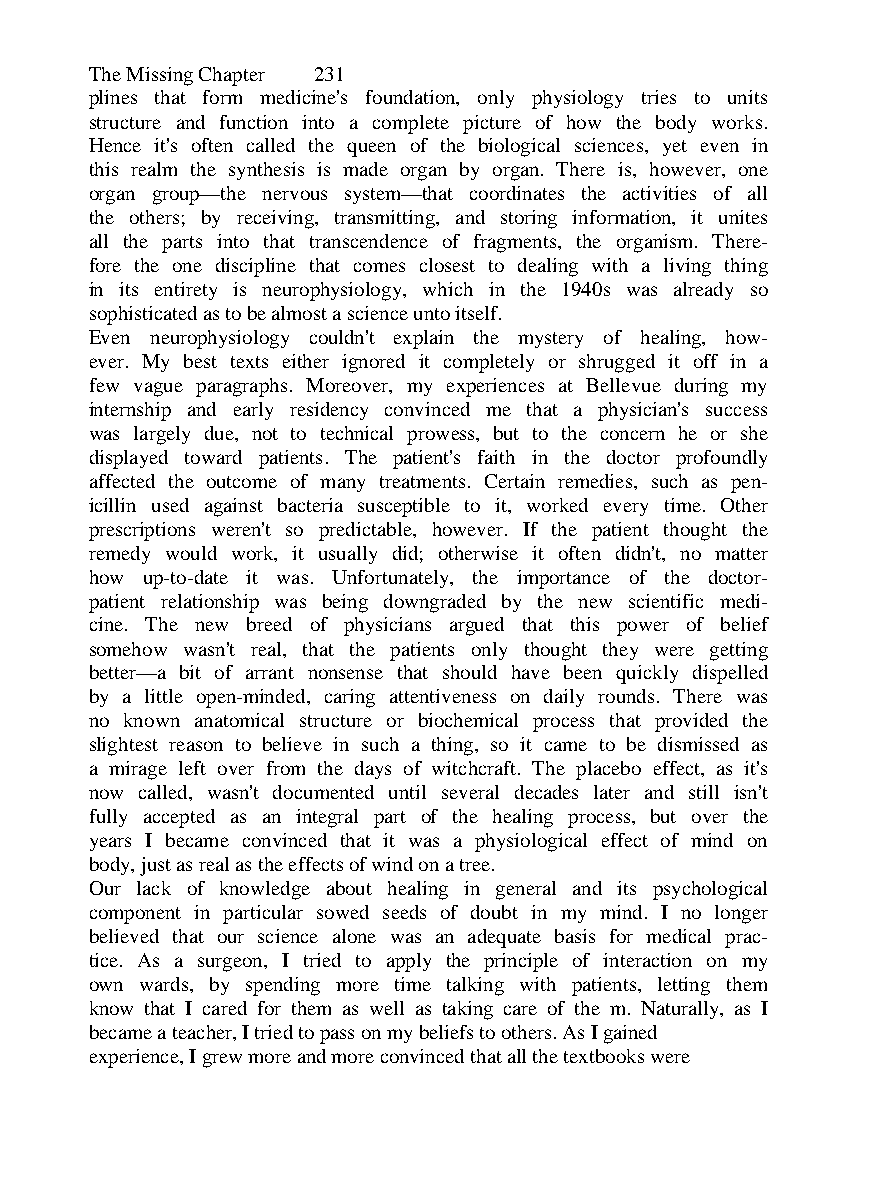
The Missing Chapter 231
 plines that form medicine's foundation, only physiology tries to units
 structure and function into a complete picture of how the body works.
 Hence it's often called the queen of the biological sciences, yet even in
 this realm the synthesis is made organ by organ. There is, however, one
 organ group—the nervous system—that coordinates the activities of all
 the others; by receiving, transmitting, and storing information, it unites
 all the parts into that transcendence of fragments, the organism. There-
 fore the one discipline that comes closest to dealing with a living thing
 in its entirety is neurophysiology, which in the 1940s was already so
 sophisticated as to be almost a science unto itself.
 Even neurophysiology couldn't explain the mystery of healing, how-
 ever. My best texts either ignored it completely or shrugged it off in a
 few vague paragraphs. Moreover, my experiences at Bellevue during my
 internship and early residency convinced me that a physician's success
 was largely due, not to technical prowess, but to the concern he or she
 displayed toward patients. The patient's faith in the doctor profoundly
 affected the outcome of many treatments. Certain remedies, such as pen-
 icillin used against bacteria susceptible to it, worked every time. Other
 prescriptions weren't so predictable, however. If the patient thought the
 remedy would work, it usually did; otherwise it often didn't, no matter
 how up-to-date it was. Unfortunately, the importance of the doctor-
 patient relationship was being downgraded by the new scientific medi-
 cine. The new breed of physicians argued that this power of belief
 somehow wasn't real, that the patients only thought they were getting
 better—a bit of arrant nonsense that should have been quickly dispelled
 by a little open-minded, caring attentiveness on daily rounds. There was
 no known anatomical structure or biochemical process that provided the
 slightest reason to believe in such a thing, so it came to be dismissed as
 a mirage left over from the days of witchcraft. The placebo effect, as it's
 now called, wasn't documented until several decades later and still isn't
 fully accepted as an integral part of the healing process, but over the
 years I became convinced that it was a physiological effect of mind on
 body, just as real as the effects of wind on a tree.
 Our lack of knowledge about healing in general and its psychological
 component in particular sowed seeds of doubt in my mind. I no longer
 believed that our science alone was an adequate basis for medical prac-
 tice. As a surgeon, I tried to apply the principle of interaction on my
 own wards, by spending more time talking with patients, letting them
 know that I cared for them as well as taking care of the m. Naturally, as I
 became a teacher, I tried to pass on my beliefs to others. As I gained
 experience, I grew more and more convinced that all the textbooks were